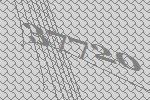
37720